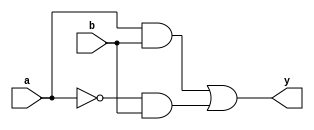
module combinational_logic (
    input wire a,       // First input signal
    input wire b,       // Second input signal
    output reg y        // Output signal
);

// Always block with sensitivity list for combinational logic
always @ (a or b) begin
    // Combinational logic using blocking assignments
    y = (a & b) | (~a & b); // Example: y = (a AND b) OR (NOT a AND b)
end

endmodule